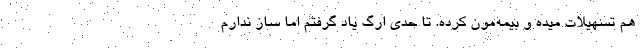
هم تسهیلات میده و بیمه‌مون کرده. تا حدی اُرگ یاد گرفتم اما ساز ندارم